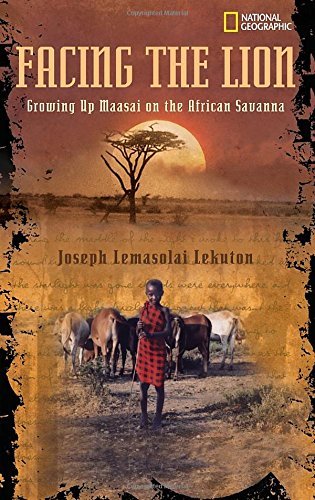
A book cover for Facing the Lion: Growing Up Maasai on the African Savanna; Joseph Lemasolai Lekuton; Teen & Young Adult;